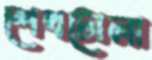
শেখটোলা